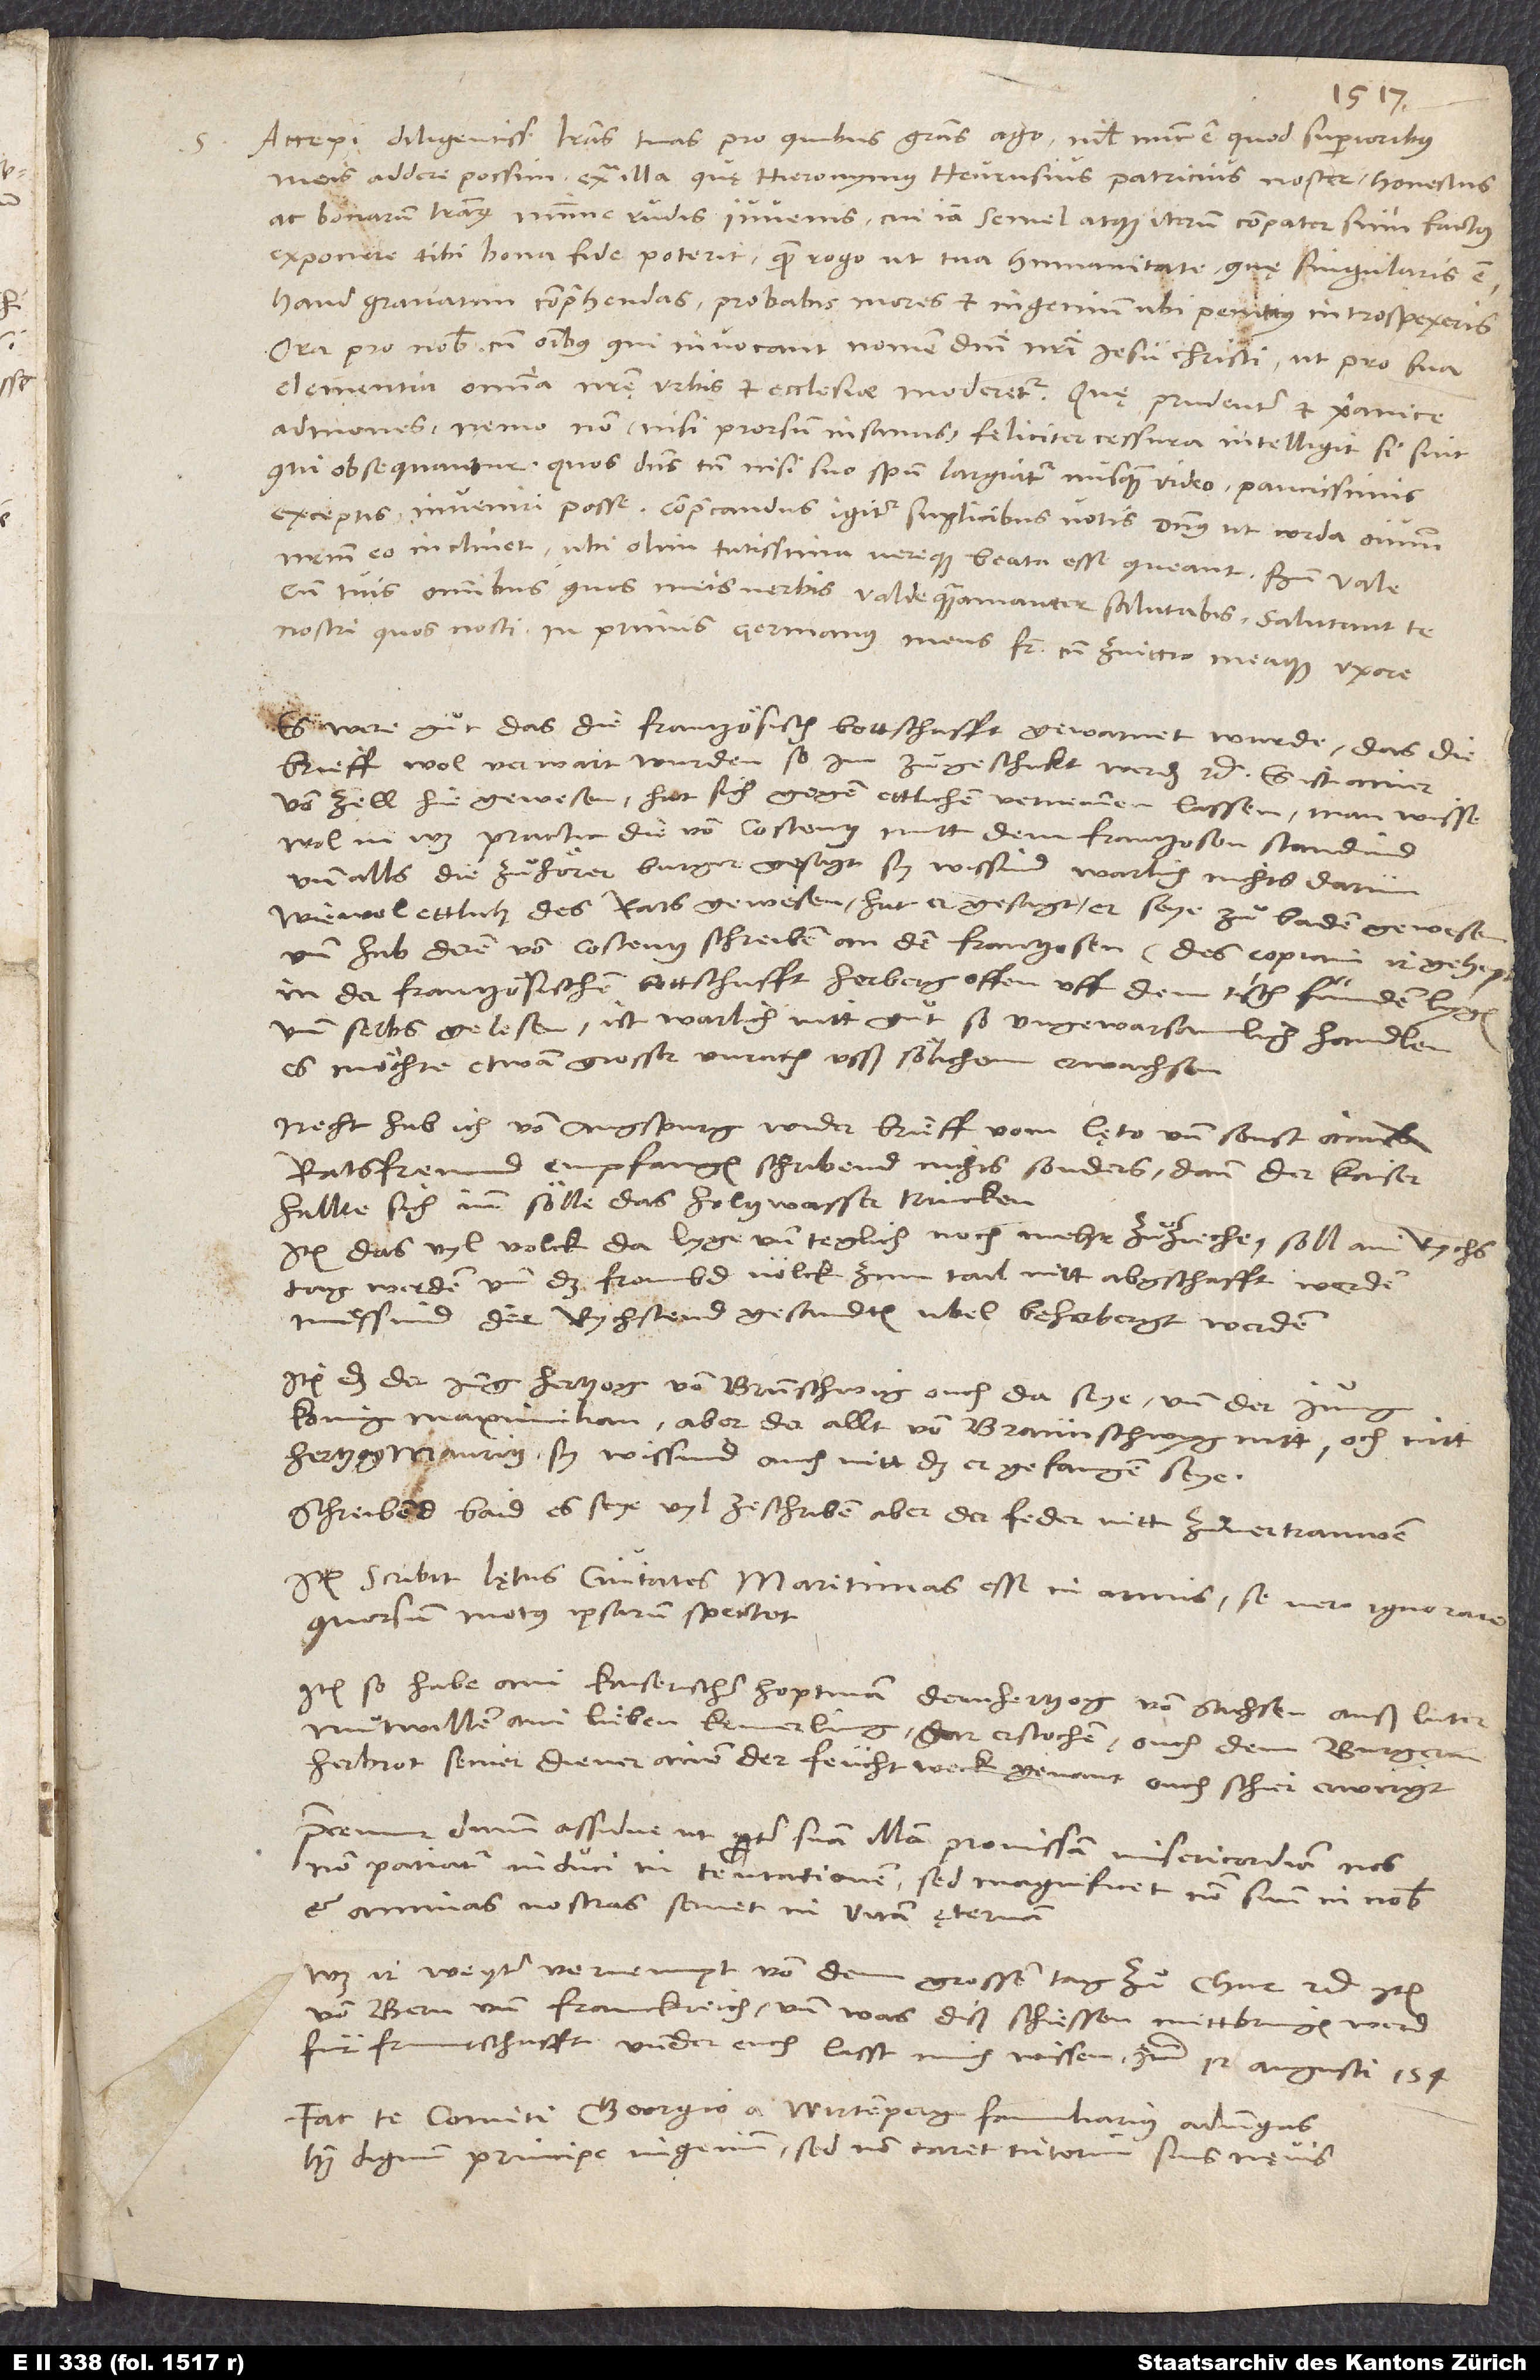
S.

Accepi diligentissimas literas tuas, pro quibus gratias ago. Nihil nunc est, quod superioribus
meis addere possim extra illa, quę Hieronymus Heurusius, patricius noster, honestus
ac bonarum literarum minime rudis iuvenis, cui iam semel atque iterum compater sum factus,
exponere tibi bona fide poterat. Quem, rogo, ut tua humanitate, quę singularis est,
haud gravatim comprehendas. Probabis mores et ingenium, ubi penitius introspexeris.
Ora pro nobis cum omnibus, qui invocant nomen domini nostri Iesu Christi, ut pro sua
clementia omnia nostrę urbis et ecclesię moderetur (quę prudenter et christianice
admones). Nemo non (nisi prorsum insanus) feliciter cessura intelligit, si sint,
qui obsequantur - quos, dominus tamen nisi suo spiritu largiatur, nusquam video paucissimis
exceptis inveniri posse. Comprecandus igitur suplicibus votis dominus, ut corda omnium
nostrum eo inclinet, ubi olim tutissima vereque beata esse queant.
cum tuis omnibus, quos meis verbis valde quamamanter salutabis. Salutant te
nostri, quos nosti, inprimis germanus meus frater cum Zviccio meaque uxore.
Es were guͦt, das die frantzösisch bottschafft gewarnet wurde, das die
brieff wol verwart wurden, so im zuͦgeschickt werden, etc. Es ist ainer
von Zell hie gewesen. Hat sich gegen ettlichen vernemmen lassen, man wisse
wol, in was practic die von Costentz mitt dem Frantzosen standind.
Und alls die zuͦhörer burger gesagt, sy wissind warlich nichts darum,
wiewol ettlich des rats gewesen, hat er gesagt, er seye zuͦ Baden gewesen
und hab deren von Costentz schreiben an den Frantzosen(des copiam ir gehept)
in der frantzösischen bottschafft herberg offen uff dem tisch funden lygen
und selbs gelesen. Ist warlich nitt guͦt, so ungewarsamlich handlen!
Es möchte etwan grosser unrath usß sölichem erwachsen.
Necht hab ich von Augspurg wider brieff vom Lęto und sonst ainem
ratsfreund empfangen. Schribend nichts sonders, dann der kaiser
hallte sich inn. Sölle das holtzwasser trincken.
Item, das vyl volck da lyge und teglich noch mehr zuͦzieche. Soll ain rychstag
werden und das frembd volck zum tail nitt abgschafft werden.
Muͤssind der rychstend gesandten ubel beherbergt werden.
Item, das der jung hertzog von Brunschwig ouch da sye, und der jung
konig Maximilian, aber der allt von Braunschwyg nitt, ouch nitt
hertzog Mauritz. Sy wissind ouch nitt, das er gefangen seye.
Schreibend baid, es seye vyl ze schriben, aber der feder nitt zuͦ vertrauwen.
scribit Lętus civitates maritimas esse in armis, se vero ignorare,
quorsum motus ipsarum spectet.
Item so habe ain kaiserischer hoptman dem hertzog von Sachsen auß luter
muͦtwillen ain lieben kemerling gar erstochen; ouch dem burgermaister
Herbrot seiner diener ainen, der Feuchtweck genant, ouch schier erwirgt.
Precemur dominum assidue, ut propter suam illam promissam misericordiam nos
non patiatur induci in tentationem, sed magnificet nomen suum in nobis
et animas nostras servet in vitam ęternam!
Was ir weyter vernempt von dem grossen tag zuͦ Chur, etc., item
von Bern und Franckreich, und was diß schiessen mittbringen werd
fuͤr fruntschafft under euch, lasst mich wissen, etc. 12. augusti 1547.
Fac te comiti Georgio a Wirtemperg familiarius adiungas;
habet dignum principe ingenium, sed non caret interim suis nęvis.